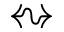
\leftrightsquigarrow